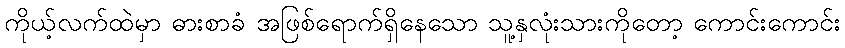
ကိုယ့်လက်ထဲမှာ ဓားစာခံ အဖြစ်ရောက်ရှိနေသော သူ့နှလုံးသားကိုတော့ ကောင်းကောင်း